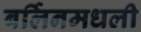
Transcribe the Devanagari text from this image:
बर्लिनमधली